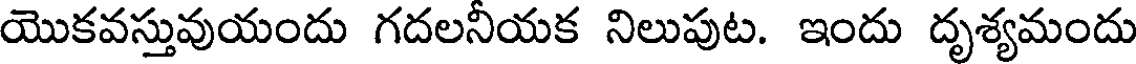
యొకవస్తువుయందు గదలనీయక నిలుపుట. ఇందు దృశ్యమందు